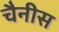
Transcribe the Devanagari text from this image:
चैनीस